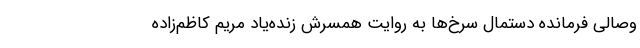
وصالی فرمانده دستمال سرخ‌ها به روایت همسرش زنده‌یاد مریم کاظم‌زاده